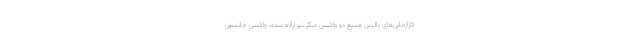
کارآزمایی‌های بالینی وسیع دو واکسن دیگر نیز ارائه شده، واکسن جانسون